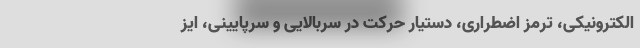
الکترونیکی، ترمز اضطراری، دستیار حرکت در سربالایی و سرپایینی، ایز